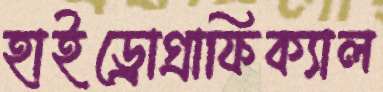
হাইড্রোগ্রাফিক্যাল